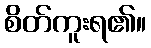
စိတ်ကူးရ၏။